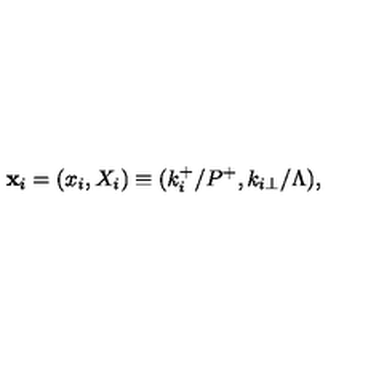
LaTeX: { \bf x } _ { i } = ( x _ { i } , X _ { i } ) \equiv ( k _ { i } ^ { + } / P ^ { + } , k _ { i \perp } / \Lambda ) ,